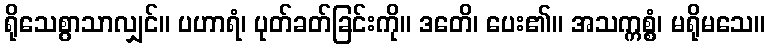
ရိုသေစွာသာလျှင်။ ပဟာရံ၊ ပုတ်ခတ်ခြင်းကို။ ဒတေိ၊ ပေး၏။ အသက္ကစ္စံ၊ မရိုမသေ။